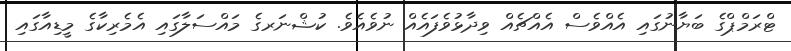
ޓްރަމްޕްގެ ބަޔާނުގައި އެއްވެސް އެއްޗެއް ވިދާޅުވެފައެއް ނުވެއެވެ. ކުޝްނަރގެ މައްސަލާގައި އެމެރިކާގެ މީޑިއާގައި